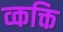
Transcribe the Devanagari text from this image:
व्कक्ति